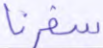
سفرنا